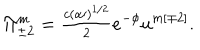
LaTeX: \Pi _ { \pm 2 } ^ { m } = { \textstyle \frac { c ( \alpha \prime ) ^ { 1 / 2 } } { 2 } } e ^ { - \phi } u ^ { m [ \mp 2 ] } .